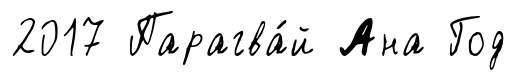
2017 Парагва́й Ана Год